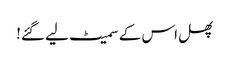
پھل اس کے سمیٹ لیے گئے!